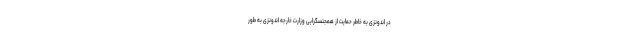
در اندونزی به خاطر حمایت از همجنسگرایی وزارت خارجه اندونزی به طور